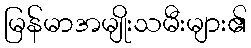
မြန်မာအမျိုးသမီးများ၏